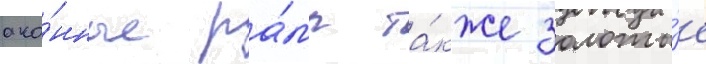
око́нные ра́мы та́кже золоты́е